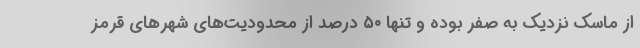
از ماسک نزدیک به صفر بوده و تنها ۵۰ درصد از محدودیت‌های شهرهای قرمز